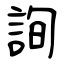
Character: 詢